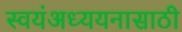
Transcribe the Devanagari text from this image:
स्वयंअध्ययनासाठी